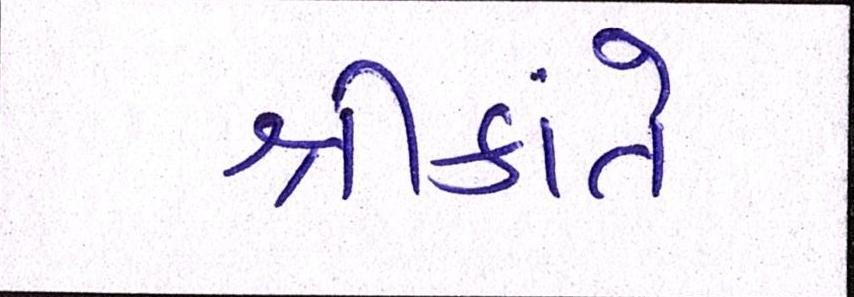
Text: શ્રીકાંતે